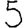
Digit: 5